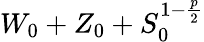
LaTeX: W_{0}+Z_{0}+S_{0}^{1-\frac{p}{2}}